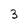
Character: 3